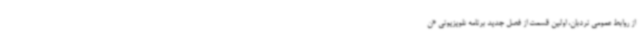
از روابط عمومی نردبان، اولین قسمت از فصل جدید برنامه تلویزیونی «ن